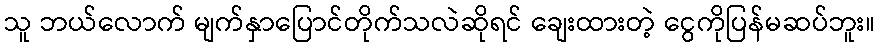
သူ ဘယ်လောက် မျက်နှာပြောင်တိုက်သလဲဆိုရင် ချေးထားတဲ့ ငွေကိုပြန်မဆပ်ဘူး။